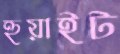
হুয়াইট